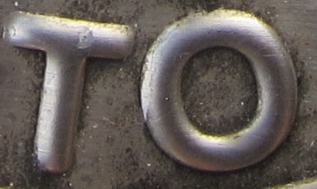
TO